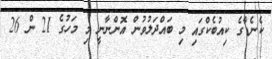
ކެނެޑާގެ ކިއުބެކްގައި މި ބައްދަލުވުން އޮންނާނީ މި މަހުގެ 21 ން 26